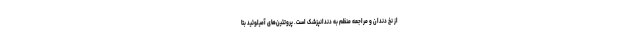
از نخ دندان و مراجعه منظم به دندانپزشک است. پروتئین‌های آمیلوئید بتا